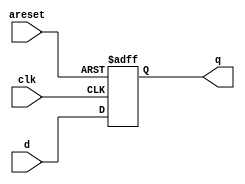
module top_module (
    input clk,
    input areset,   // active high asynchronous reset
    input [7:0] d,
    output [7:0] q
);
    always @(posedge clk or posedge areset)
        if (areset) q <= 0;
    	else q <= d;

endmodule